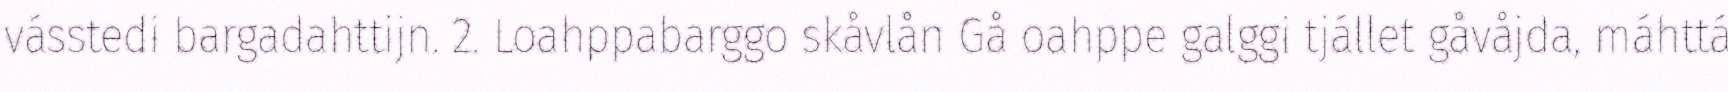
vásstedi bargadahttijn. 2. Loahppabarggo skåvlån Gå oahppe galggi tjállet gåvåjda, máhttá